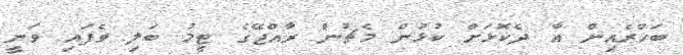
ބަހްރެއިން އާ ދެކޮޅަށް ކުޅުން މެޗުން ރާއްޖޭގެ ޓީމު ބަލި ވެފައި ވަނީ